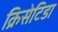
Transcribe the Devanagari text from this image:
क्रिसेटिडा